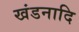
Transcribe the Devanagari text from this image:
खंडनादि